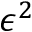
\epsilon ^ { 2 }